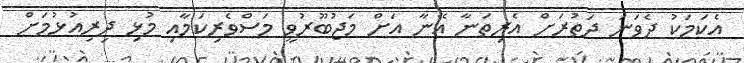
އެކަމަކު ދެވަނަ ދަތުރަށް އެރިތަނާ އޭނާ އަށް މަޖުބޫރުވީ މަސްވެރިކަމާއި މުޅި ދިރިއުޅުމަށް